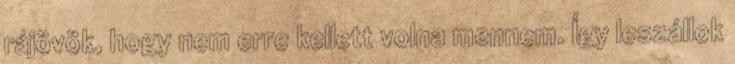
rájövök, hogy nem erre kellett volna mennem. Így leszállok